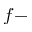
f -